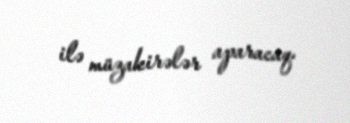
ilə müzakirələr aparacaq.